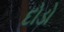
દોડો